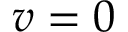
v = 0